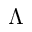
\Lambda